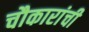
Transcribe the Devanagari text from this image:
चौकारांची